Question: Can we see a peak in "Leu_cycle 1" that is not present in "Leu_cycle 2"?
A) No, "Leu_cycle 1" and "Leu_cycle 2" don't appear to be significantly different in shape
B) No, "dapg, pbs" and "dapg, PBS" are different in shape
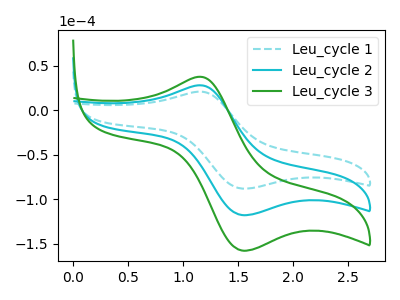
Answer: <think>The cyan dashed curve "Leu_cycle 1" has an anodic peak at (1.15V, 21.10uA) and a cathodic peak at (1.55V, -88.00uA). The cyan curve "Leu_cycle 2" has an anodic peak at (1.15V, 28.25uA) and a cathodic peak at (1.55V, -117.80uA). The green curve "Leu_cycle 3" has an anodic peak at (1.15V, 56.50uA) and a cathodic peak at (1.55V, -235.65uA).
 All the peaks in "Leu_cycle 1" have a peak in "Leu_cycle 2" at the same potential. Every peak in "Leu_cycle 1" is lower than every peak in "Leu_cycle 2".</think>
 <answer>A) No, "Leu_cycle 1" and "Leu_cycle 2" don't appear to be significantly different in shape</answer>
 <eval>A</eval>